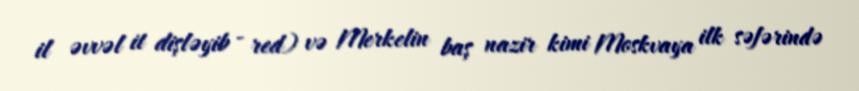
il əvvəl it dişləyib - red) və Merkelin baş nazir kimi Moskvaya ilk səfərində